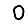
Digit: 0